画像に写った文字を読んでください
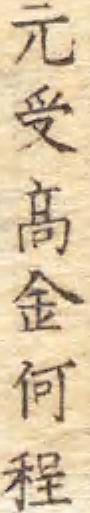
「元受髙金何程」と書いてあります